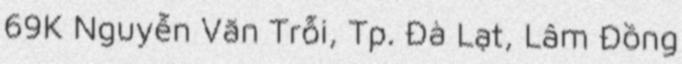
69K Nguyễn Văn Trỗi, Tp. Đà Lạt, Lâm Đồng